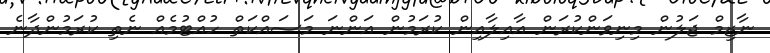
ނާޒިމް ޖަލުން މިނިވަންކުރަން އާއިލާއިން ކުރަމުން އަންނަ މަސައްކަތް ހުއްޓުމެއް ނެތި ކުރަމުންދާނެ